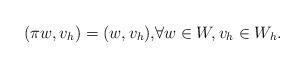
LaTeX: \begin{align*}( \pi w , v_h ) = ( w , v_h ), &\forall w\in W, v_h \in W_h.\end{align*}